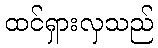
ထင်ရှားလှသည်